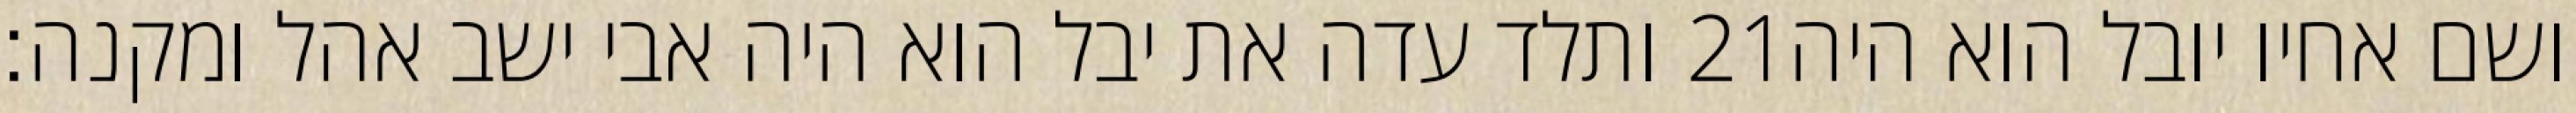
ותלד עדה את יבל הוא היה אבי ישב אהל ומקנה׃ ‎21‏ ושם אחיו יובל הוא היה